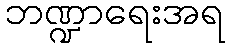
ဘဏ္ဍာရေးအရ